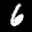
Label: 6